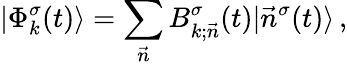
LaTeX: |\Phi_{k}^{\sigma}(t)\rangle=\sum_{\vec{n}}B_{k;\vec{n}}^{\sigma}(t)|\vec{n}^{\sigma}(t)\rangle\, ,